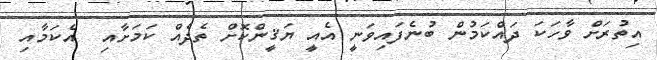
އިތުރަށް ވާހަކަ ދައްކަމުން ބުނެފައިވަނީ އެއީ ޔަޤީންކޮށް ތެދެއް ކަމަށާއި  އެކަމާއި